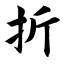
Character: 折